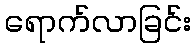
ရောက်လာခြင်း